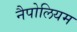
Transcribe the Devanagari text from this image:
नैपोलियम